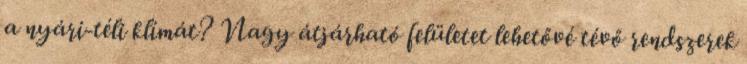
a nyári-téli klímát? Nagy átjárható felületet lehetővé tévő rendszerek